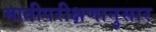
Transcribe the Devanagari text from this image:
मातीपरीक्षणानुसार